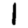
Digit: 1